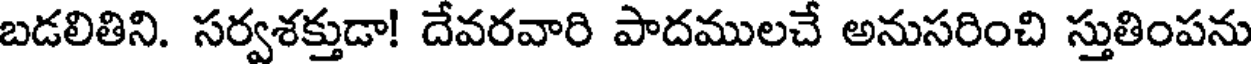
బడలితిని. సర్వశక్తుడా! దేవరవారి పాదములచే అనుసరించి స్తుతింపను